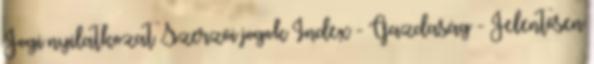
Jogi nyilatkozat Szerzői jogok Index - Gazdaság - Jelentősen